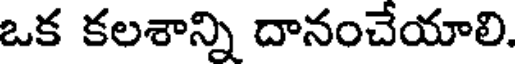
ఒక కలశాన్ని దానంచేయాలి.